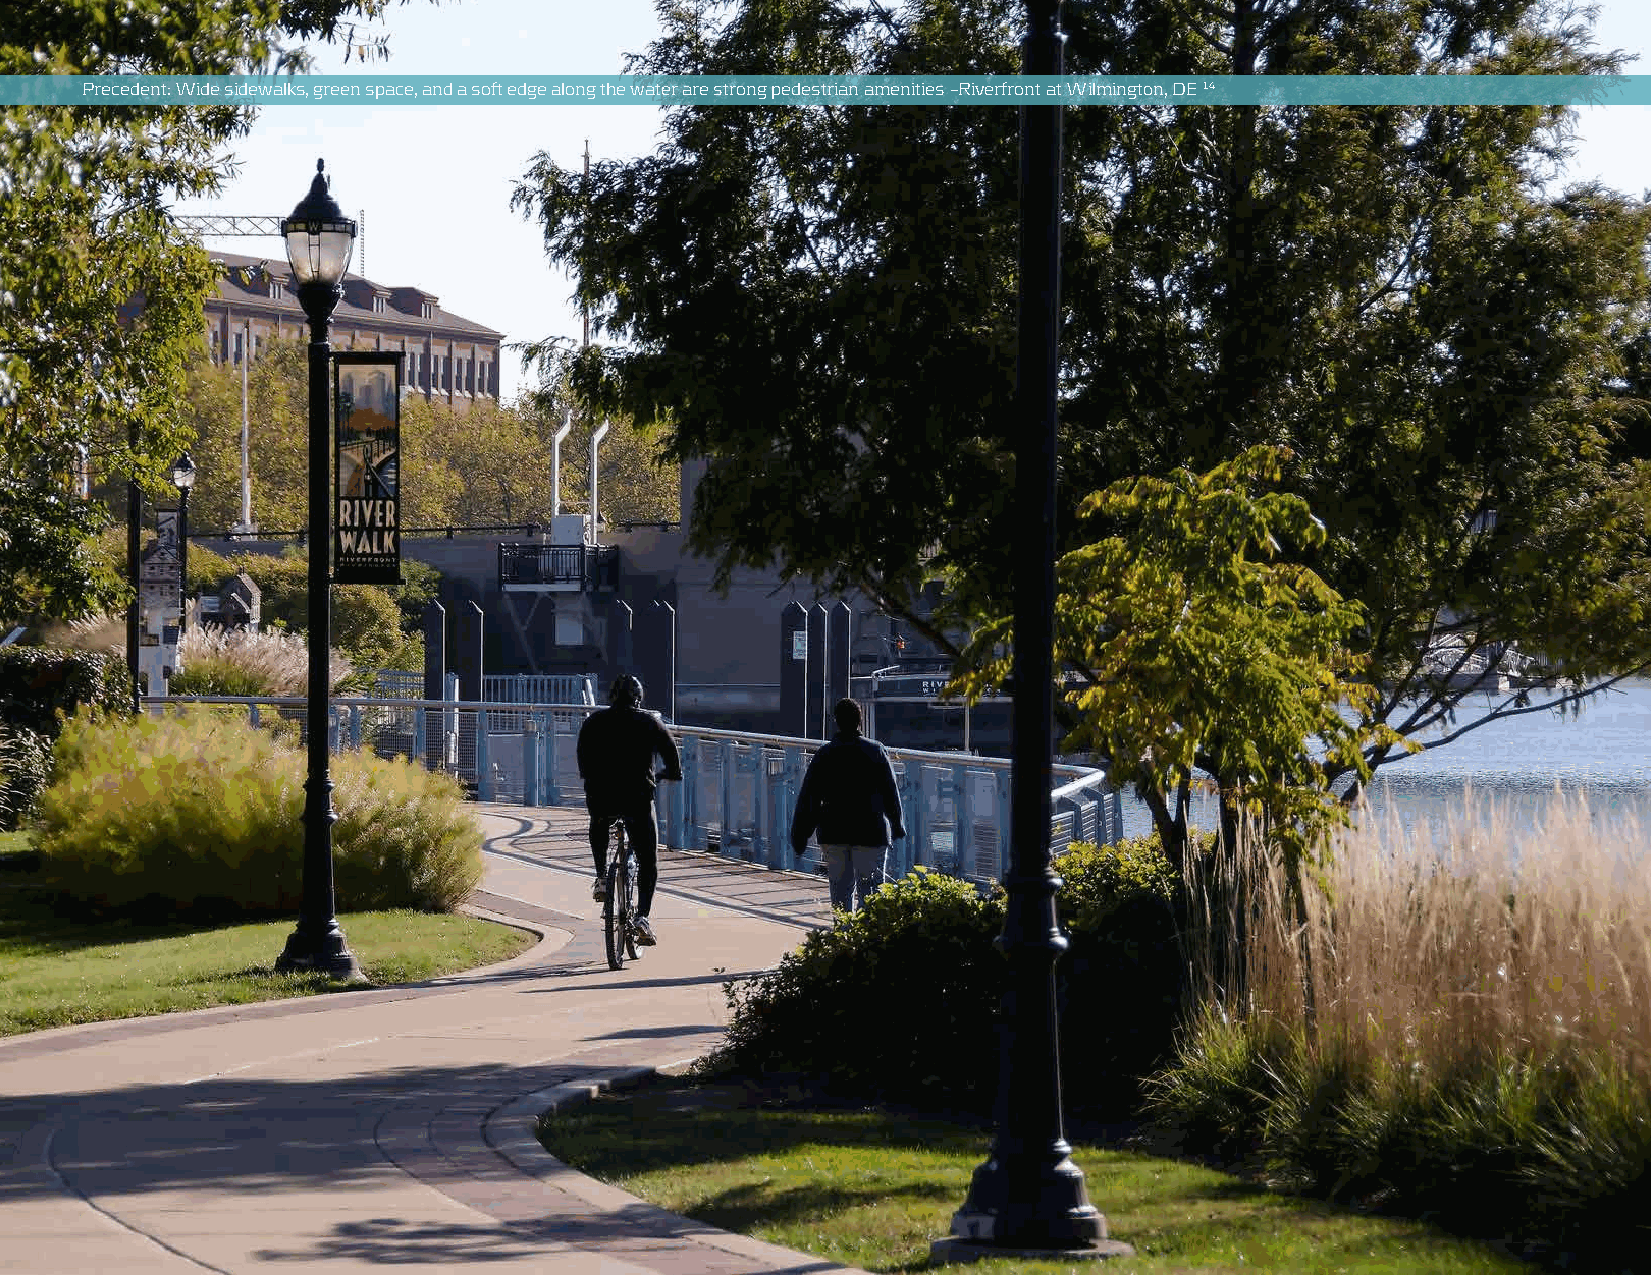
Precedent: Wide sidewalks, green space, and a soft edge along the water are strong pedestrian amenities –Riverfront at Wilmington, DE 14